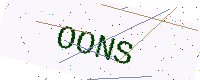
Text: OONS